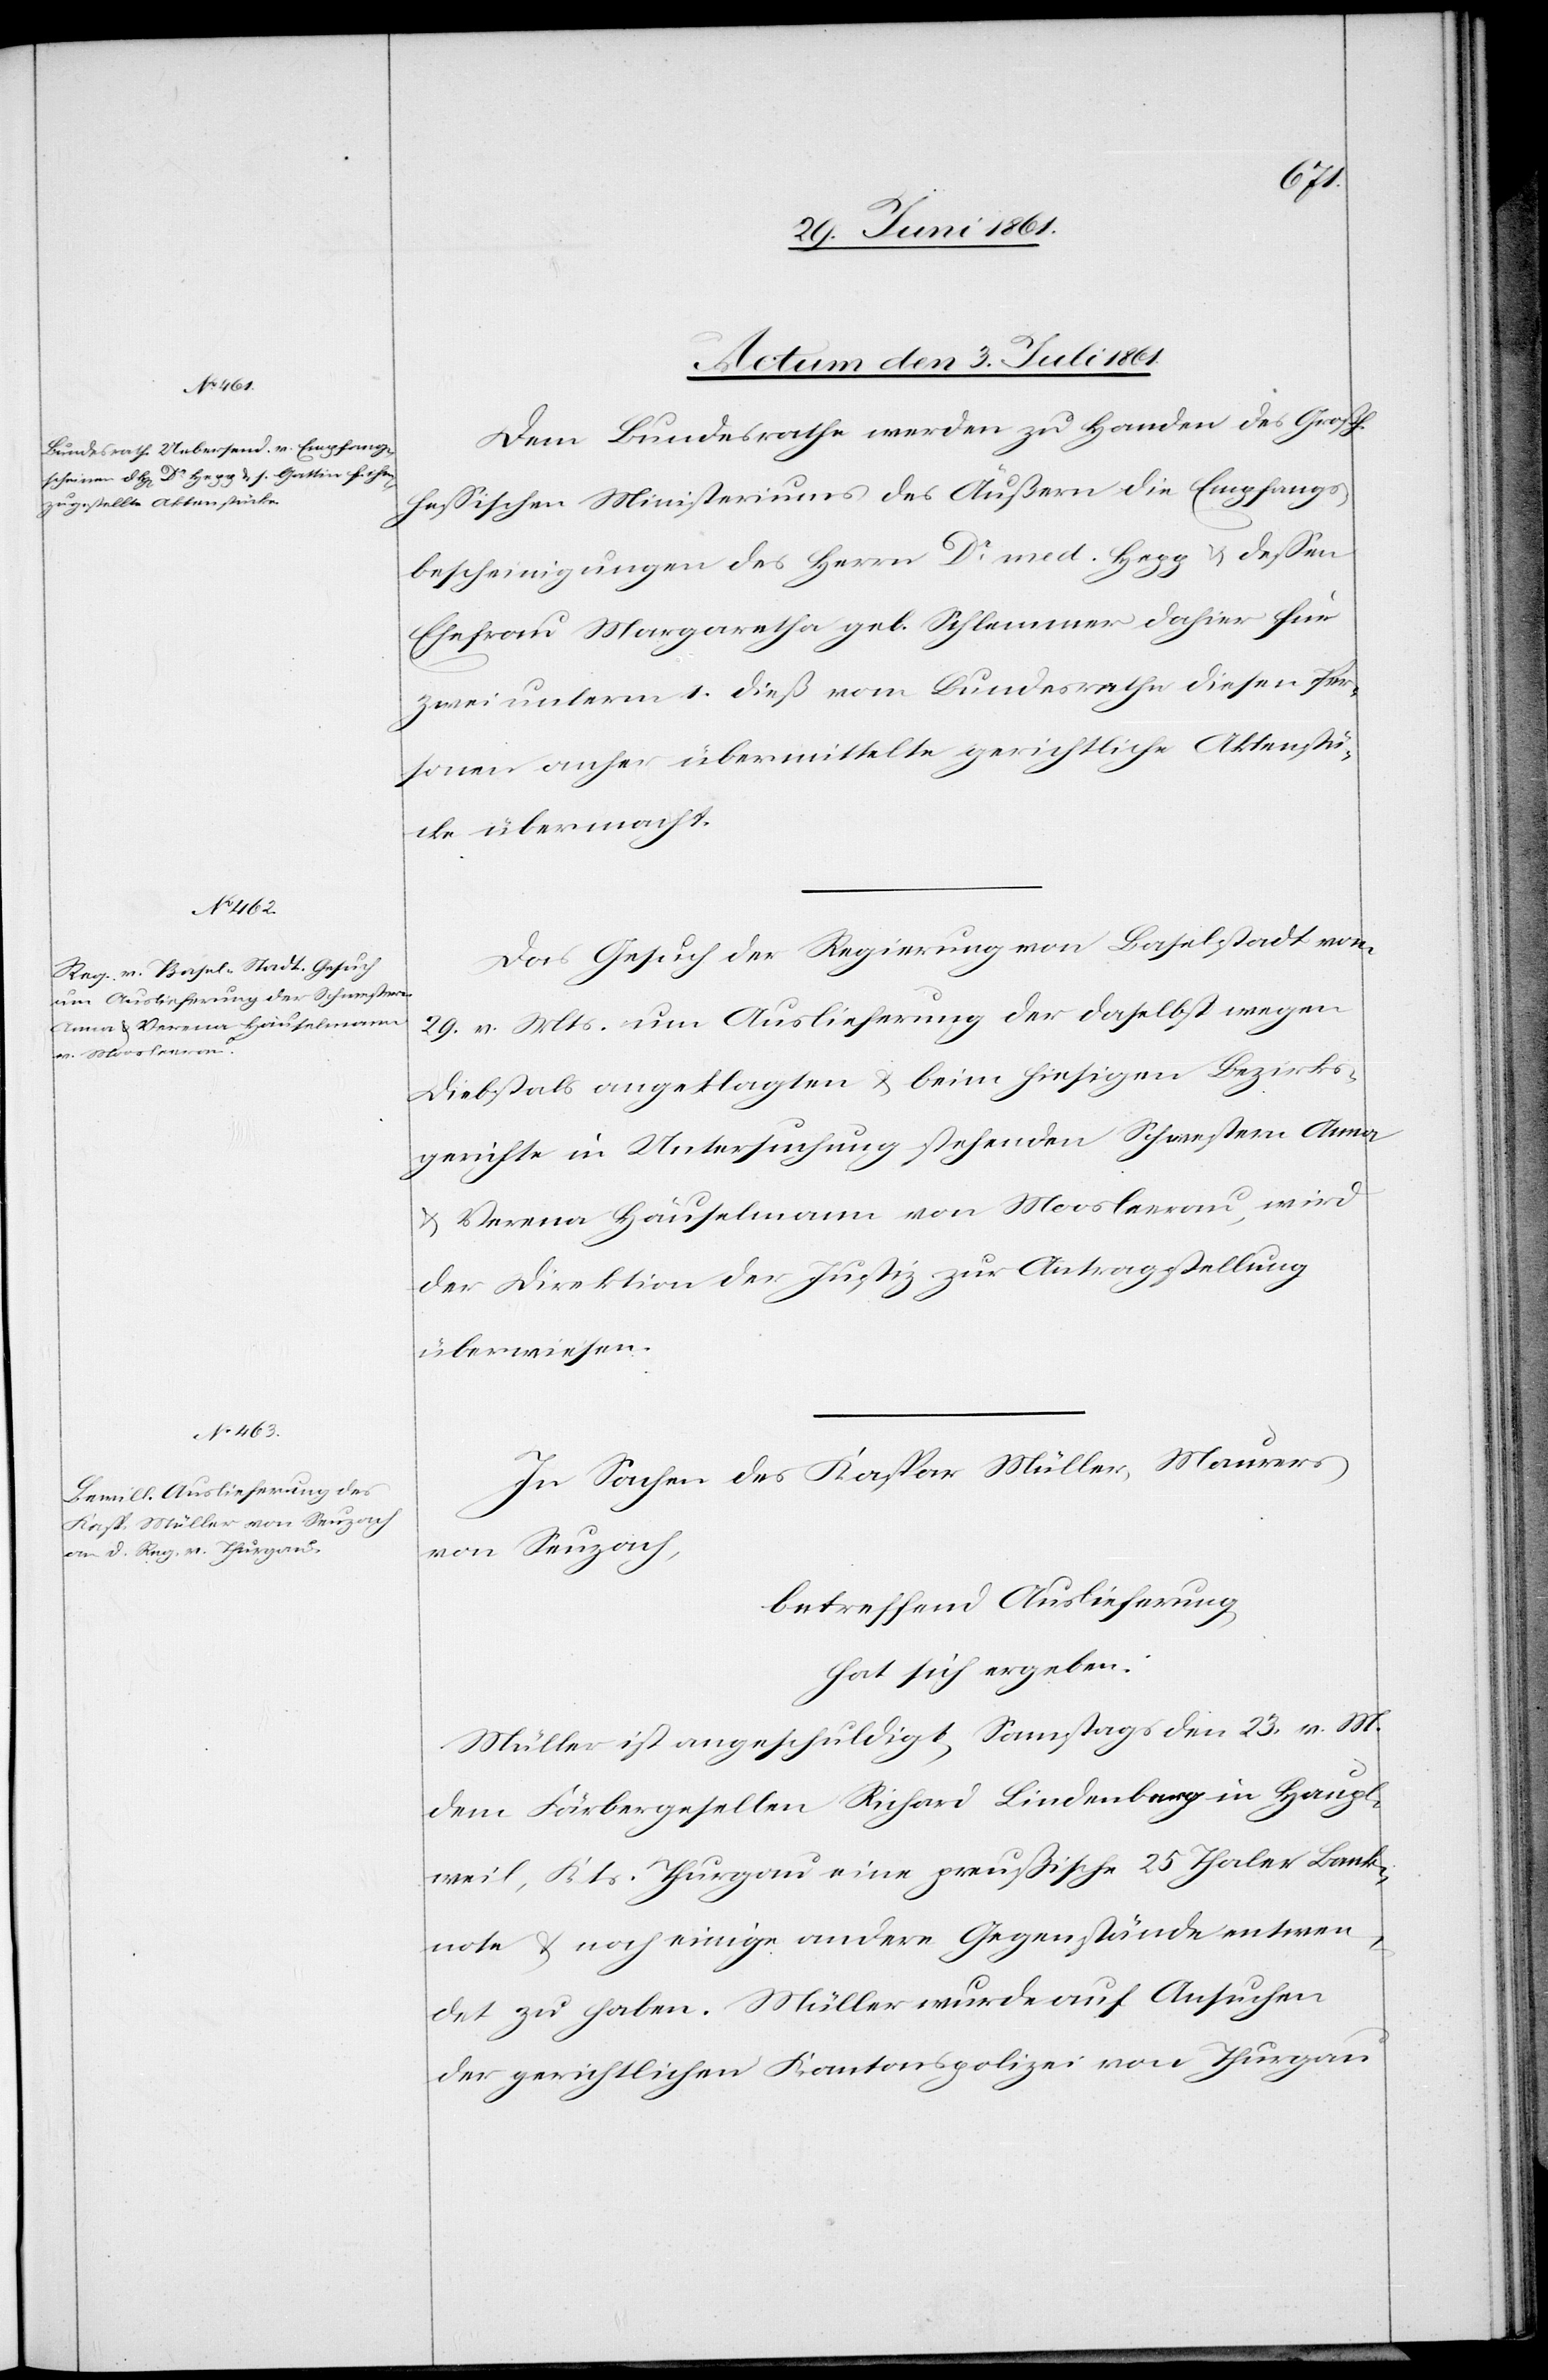
Actum den 3. Juli 1861.]
Dem Bundesrathe werden zu Handen des Großh.
hessischen Ministeriums des Äußern die Empfangs¬
bescheinigungen des Herrn Dr. med. Hepp u. dessen
Ehefrau Margaretha geb. Schlemmer dahier für
zwei unterm 1. dieß vom Bundesrathe diesen Per¬
sonen anher übermittelte gerichtliche Aktenstü¬
cke übermacht.
Das Gesuch der Regierung von Baselstadt von
29. v. Mts. um Auslieferung der daselbst wegen
Diebstals angeklagten u. beim hiesigen Bezirks¬
gerichte in Untersuchung stehenden Schwestern Anna
u. Verena Häuselmann von Mooslerau, wird
der Direktion der Justiz zur Antragstellung
überwiesen.
In Sachen des Kaspar Müller, Maurers
von Seuzach,
betreffend Auslieferung
hat sich ergeben:
Müller ist angeschuldigt, Samstags den 23. v. M.
dem Färbergesellen Richard Lindenberg in Haupt¬
weil, Kts. Thurgau eine preußische 25 Thaler Bank¬
note u. noch einige andere Gegenstände entwen¬
det zu haben. Müller wurde auf Ansuchen
der gerichtlichen Kantonspolizei von Thurgau